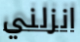
انزلني